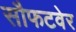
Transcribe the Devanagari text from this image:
सौफटवेर